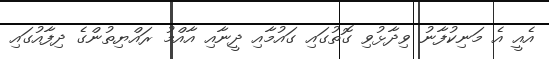
އެއީ އެ މަނިކުފާނު ވިދާޅުވި ގޮތުގައި ގައުމާއި ދީނާއި އާއްމު ރައްޔިތުންގެ ދިފާއުގައި